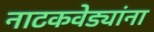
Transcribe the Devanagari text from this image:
नाटकवेड्यांना